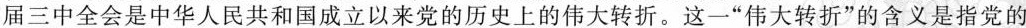
届三中全会是中华人民共和国成立以来党的历史上的伟大转折。这一”伟大转折”的含义是指党的